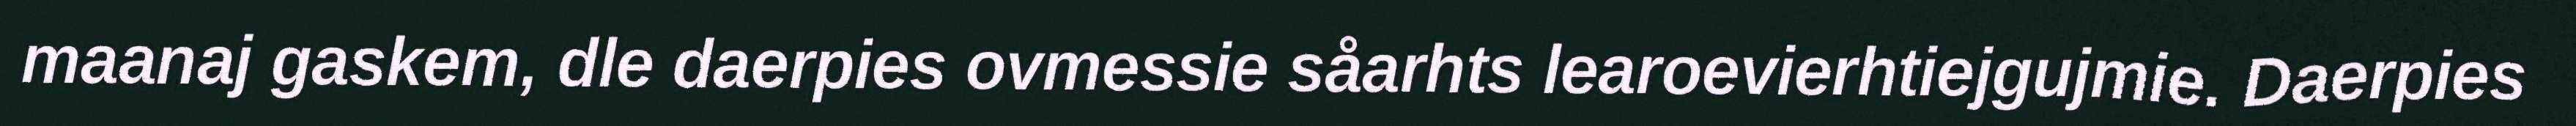
maanaj gaskem, dle daerpies ovmessie såarhts learoevierhtiejgujmie. Daerpies